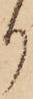
り